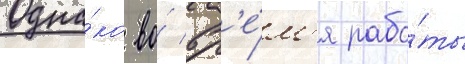
Одна́ко во́ вр'е́м'я рабо́ты